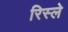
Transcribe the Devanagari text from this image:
रिस्ले